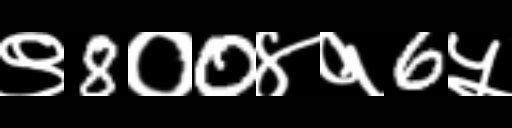
Text: ९8०0४१6५